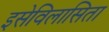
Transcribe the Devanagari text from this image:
इसेविलासिता